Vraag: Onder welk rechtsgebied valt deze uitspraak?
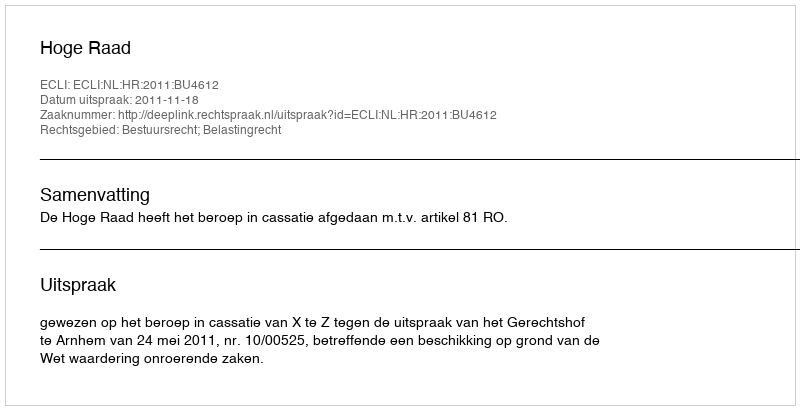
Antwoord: Bestuursrecht; Belastingrecht